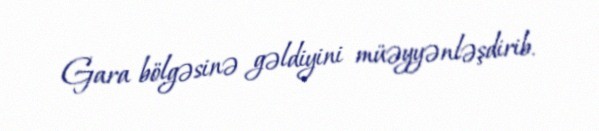
Gara bölgəsinə gəldiyini müəyyənləşdirib.